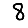
Digit: 8